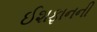
ઈશફાનની